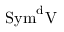
\mathrm { { { S y m } ^ { d } V } }